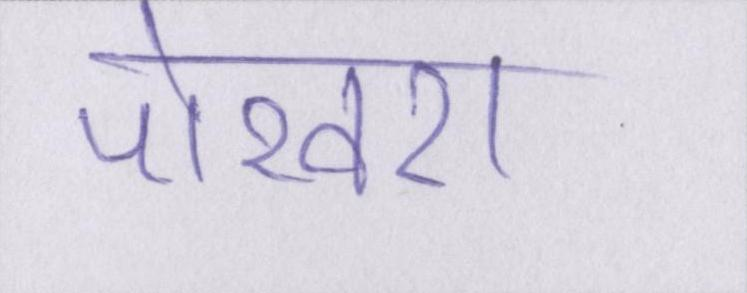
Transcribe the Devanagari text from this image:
पोखरा